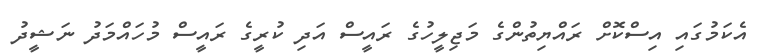
އެކަމުގައި އިސްކޮށް ރައްޔިތުންގެ މަޖިލީހުގެ ރައީސް އަދި ކުރީގެ ރައީސް މުހައްމަދު ނަޝީދު